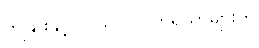
ကျွဲနွားနှင့် လယ်လုပ် ကိရိယာများကို